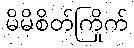
မိမိစိတ်ကြိုက်